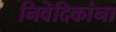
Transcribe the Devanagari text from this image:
निवेदिकांना